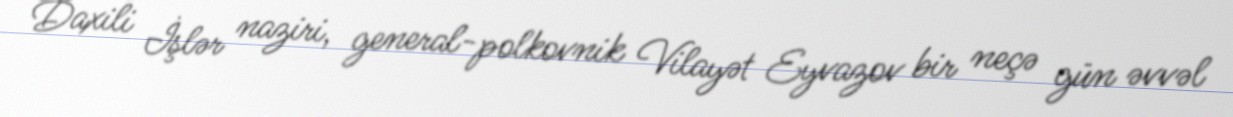
Daxili İşlər naziri, general-polkovnik Vilayət Eyvazov bir neçə gün əvvəl